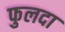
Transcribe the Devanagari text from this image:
फुलदा